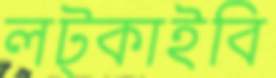
লট্‌কাইবি